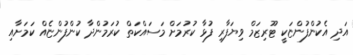
އަދި އެކުންފުންޏަކީ ޓޫރިޒަމް ވިޔަފާރި ފުޅާ ކުރުމަށް މަސައްކަތް ކުރަމުންދާ ކުންފުންޏެއް ކަމަށާއި